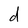
Character: d